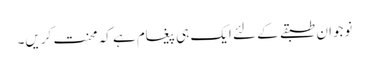
نوجوان طبقے کے لئے ایک ہی پیغام ہے کہ محنت کریں۔